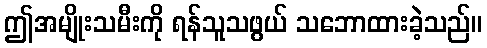
ဤအမျိုးသမီးကို ရန်သူသဖွယ် သဘောထားခဲ့သည်။